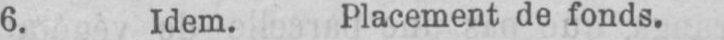
6. Idem. Placement de fonds.